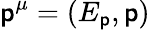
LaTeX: \mathsf{p}^{\mu}=(E_{\mathbf{{\mathsf{p}}}},\mathbf{{\mathsf{p}}})